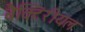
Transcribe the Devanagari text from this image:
बैक्टिरीयल